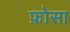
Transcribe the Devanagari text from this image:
फ़ोसा